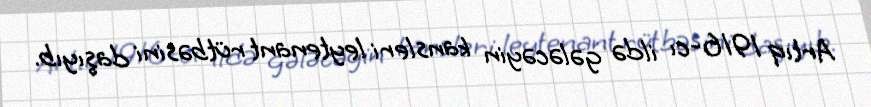
Artıq 1916-cı ildə gələcəyin kansleri leytenant rütbəsini daşıyıb.